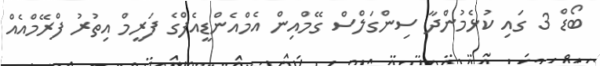
ބޯޑް 3 ގައި ކުޅެމުންދާ ސިންގަލްސް ގޭމްއިން އެމްއެންޑީއެފްގެ ފަރީމް އިތުރު ފްރޭމްއެއް